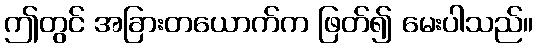
ဤတွင် အခြားတယောက်က ဖြတ်၍ မေးပါသည်။